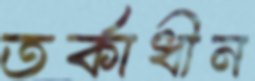
তর্কাধীন